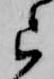
ら